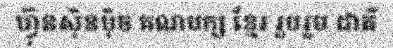
ហ្វ៊ុនស៊ិនប៉ិច គណបក្ស ខ្មែរ រួបរួម ជាតិ